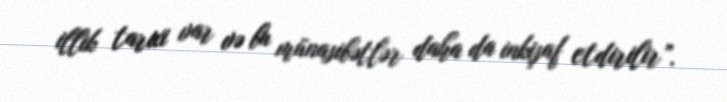
illik tarixi var və bu münasibətlər daha da inkişaf etdirilir”.